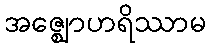
အဇ္ဈောဟရိဿာမ